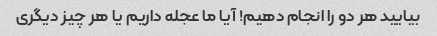
بیایید هر دو را انجام دهیم! آیا ما عجله داریم یا هر چیز دیگری